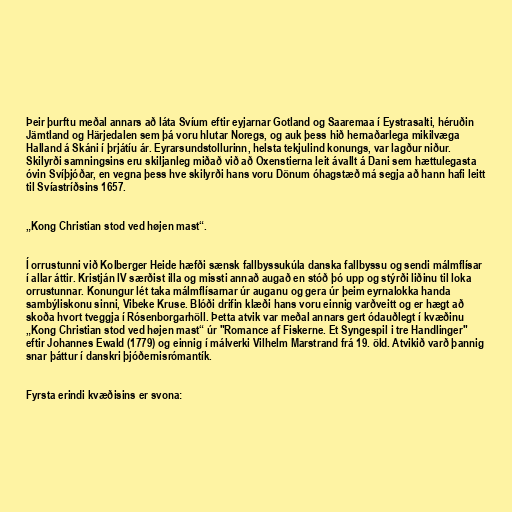
Þeir þurftu meðal annars að láta Svíum eftir eyjarnar Gotland og Saaremaa í Eystrasalti, héruðin
Jämtland og Härjedalen sem þá voru hlutar Noregs, og auk þess hið hernaðarlega mikilvæga
Halland á Skáni í þrjátíu ár. Eyrarsundstollurinn, helsta tekjulind konungs, var lagður niður.
Skilyrði samningsins eru skiljanleg miðað við að Oxenstierna leit ávallt á Dani sem hættulegasta
óvin Svíþjóðar, en vegna þess hve skilyrði hans voru Dönum óhagstæð má segja að hann hafi leitt
til Svíastríðsins 1657.

„Kong Christian stod ved højen mast“.

Í orrustunni við Kolberger Heide hæfði sænsk fallbyssukúla danska fallbyssu og sendi málmflísar
í allar áttir. Kristján IV særðist illa og missti annað augað en stóð þó upp og stýrði liðinu til loka
orrustunnar. Konungur lét taka málmflísarnar úr auganu og gera úr þeim eyrnalokka handa
sambýliskonu sinni, Vibeke Kruse. Blóði drifin klæði hans voru einnig varðveitt og er hægt að
skoða hvort tveggja í Rósenborgarhöll. Þetta atvik var meðal annars gert ódauðlegt í kvæðinu
„Kong Christian stod ved højen mast“ úr "Romance af Fiskerne. Et Syngespil i tre Handlinger"
eftir Johannes Ewald (1779) og einnig í málverki Vilhelm Marstrand frá 19. öld. Atvikið varð þannig
snar þáttur í danskri þjóðernisrómantík.

Fyrsta erindi kvæðisins er svona: